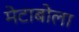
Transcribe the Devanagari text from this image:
मेटाबोला